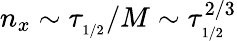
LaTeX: n_{x}\sim\tau_{_{1/2}}/M\sim\tau_{_{1/2}}^{2/3}